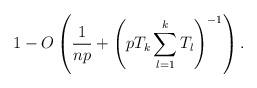
LaTeX: \begin{align*}1- O\left( \frac{1}{np}+ \left( p T_k \sum_{l=1}^kT_l \right) ^{-1} \right).\end{align*}